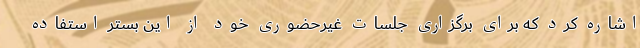
اشاره کرد که برای برگزاری جلسات غیرحضوری خود از این بستر استفاده